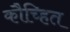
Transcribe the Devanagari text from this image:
कौच्हित